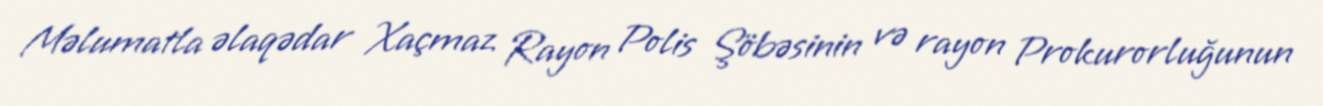
Məlumatla əlaqədar Xaçmaz Rayon Polis Şöbəsinin və rayon Prokurorluğunun